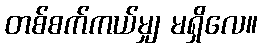
တစ်စက်ကယ်မျှ မရှိလေ။